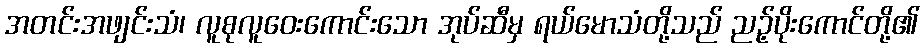
အတင်းအဖျင်းသံ၊ လူစုလူဝေးကောင်းသော အုပ်ဆီမှ ရယ်မောသံတို့သည် ညဉ့်ပိုးကောင်တို့၏